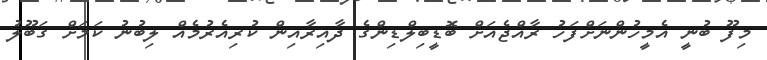
މިފޫ ބުނީ އެމީހުންނަށްފަހު ރާއްޖެއަށް ބޮޑީބިލްޑިންގެ ދާއިރާއިން ކުރިއެރުމެއް ލިބުނު ކަމަށް ގަބޫލު